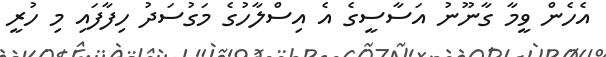
އެހެން ވީމާ ގާނޫނު އަސާސީގެ އެ އިސްލާހުގެ މަގުސަދު ހިފާފައި މި ހުރީ